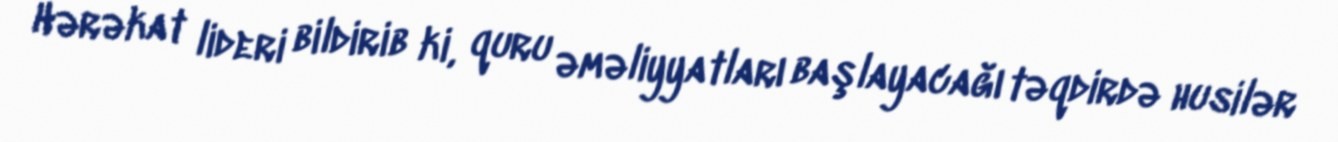
Hərəkat lideri bildirib ki, quru əməliyyatları başlayacağı təqdirdə husilər